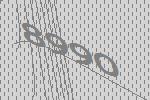
8990